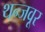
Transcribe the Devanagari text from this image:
थन्जवूर